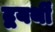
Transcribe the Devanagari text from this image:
द्वयर्थीं